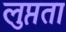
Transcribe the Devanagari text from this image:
लुप्तता